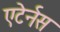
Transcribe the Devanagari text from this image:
एटेर्नस